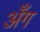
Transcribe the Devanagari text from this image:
अँग